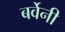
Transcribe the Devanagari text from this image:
बर्वेनी